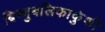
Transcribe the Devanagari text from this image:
बिष्णुबलिकाकुंशी